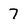
Character: 7